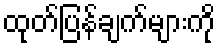
ထုတ်ပြန်ချက်များကို